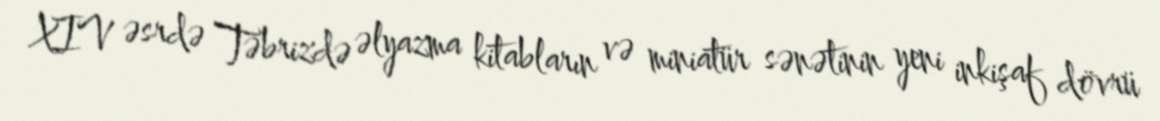
XIV əsrdə Təbrizdə əlyazma kitabların və miniatür sənətinin yeni inkişaf dövrü